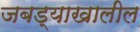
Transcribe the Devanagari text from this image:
जबड्याखालील